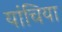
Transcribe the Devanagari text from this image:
यांचिया